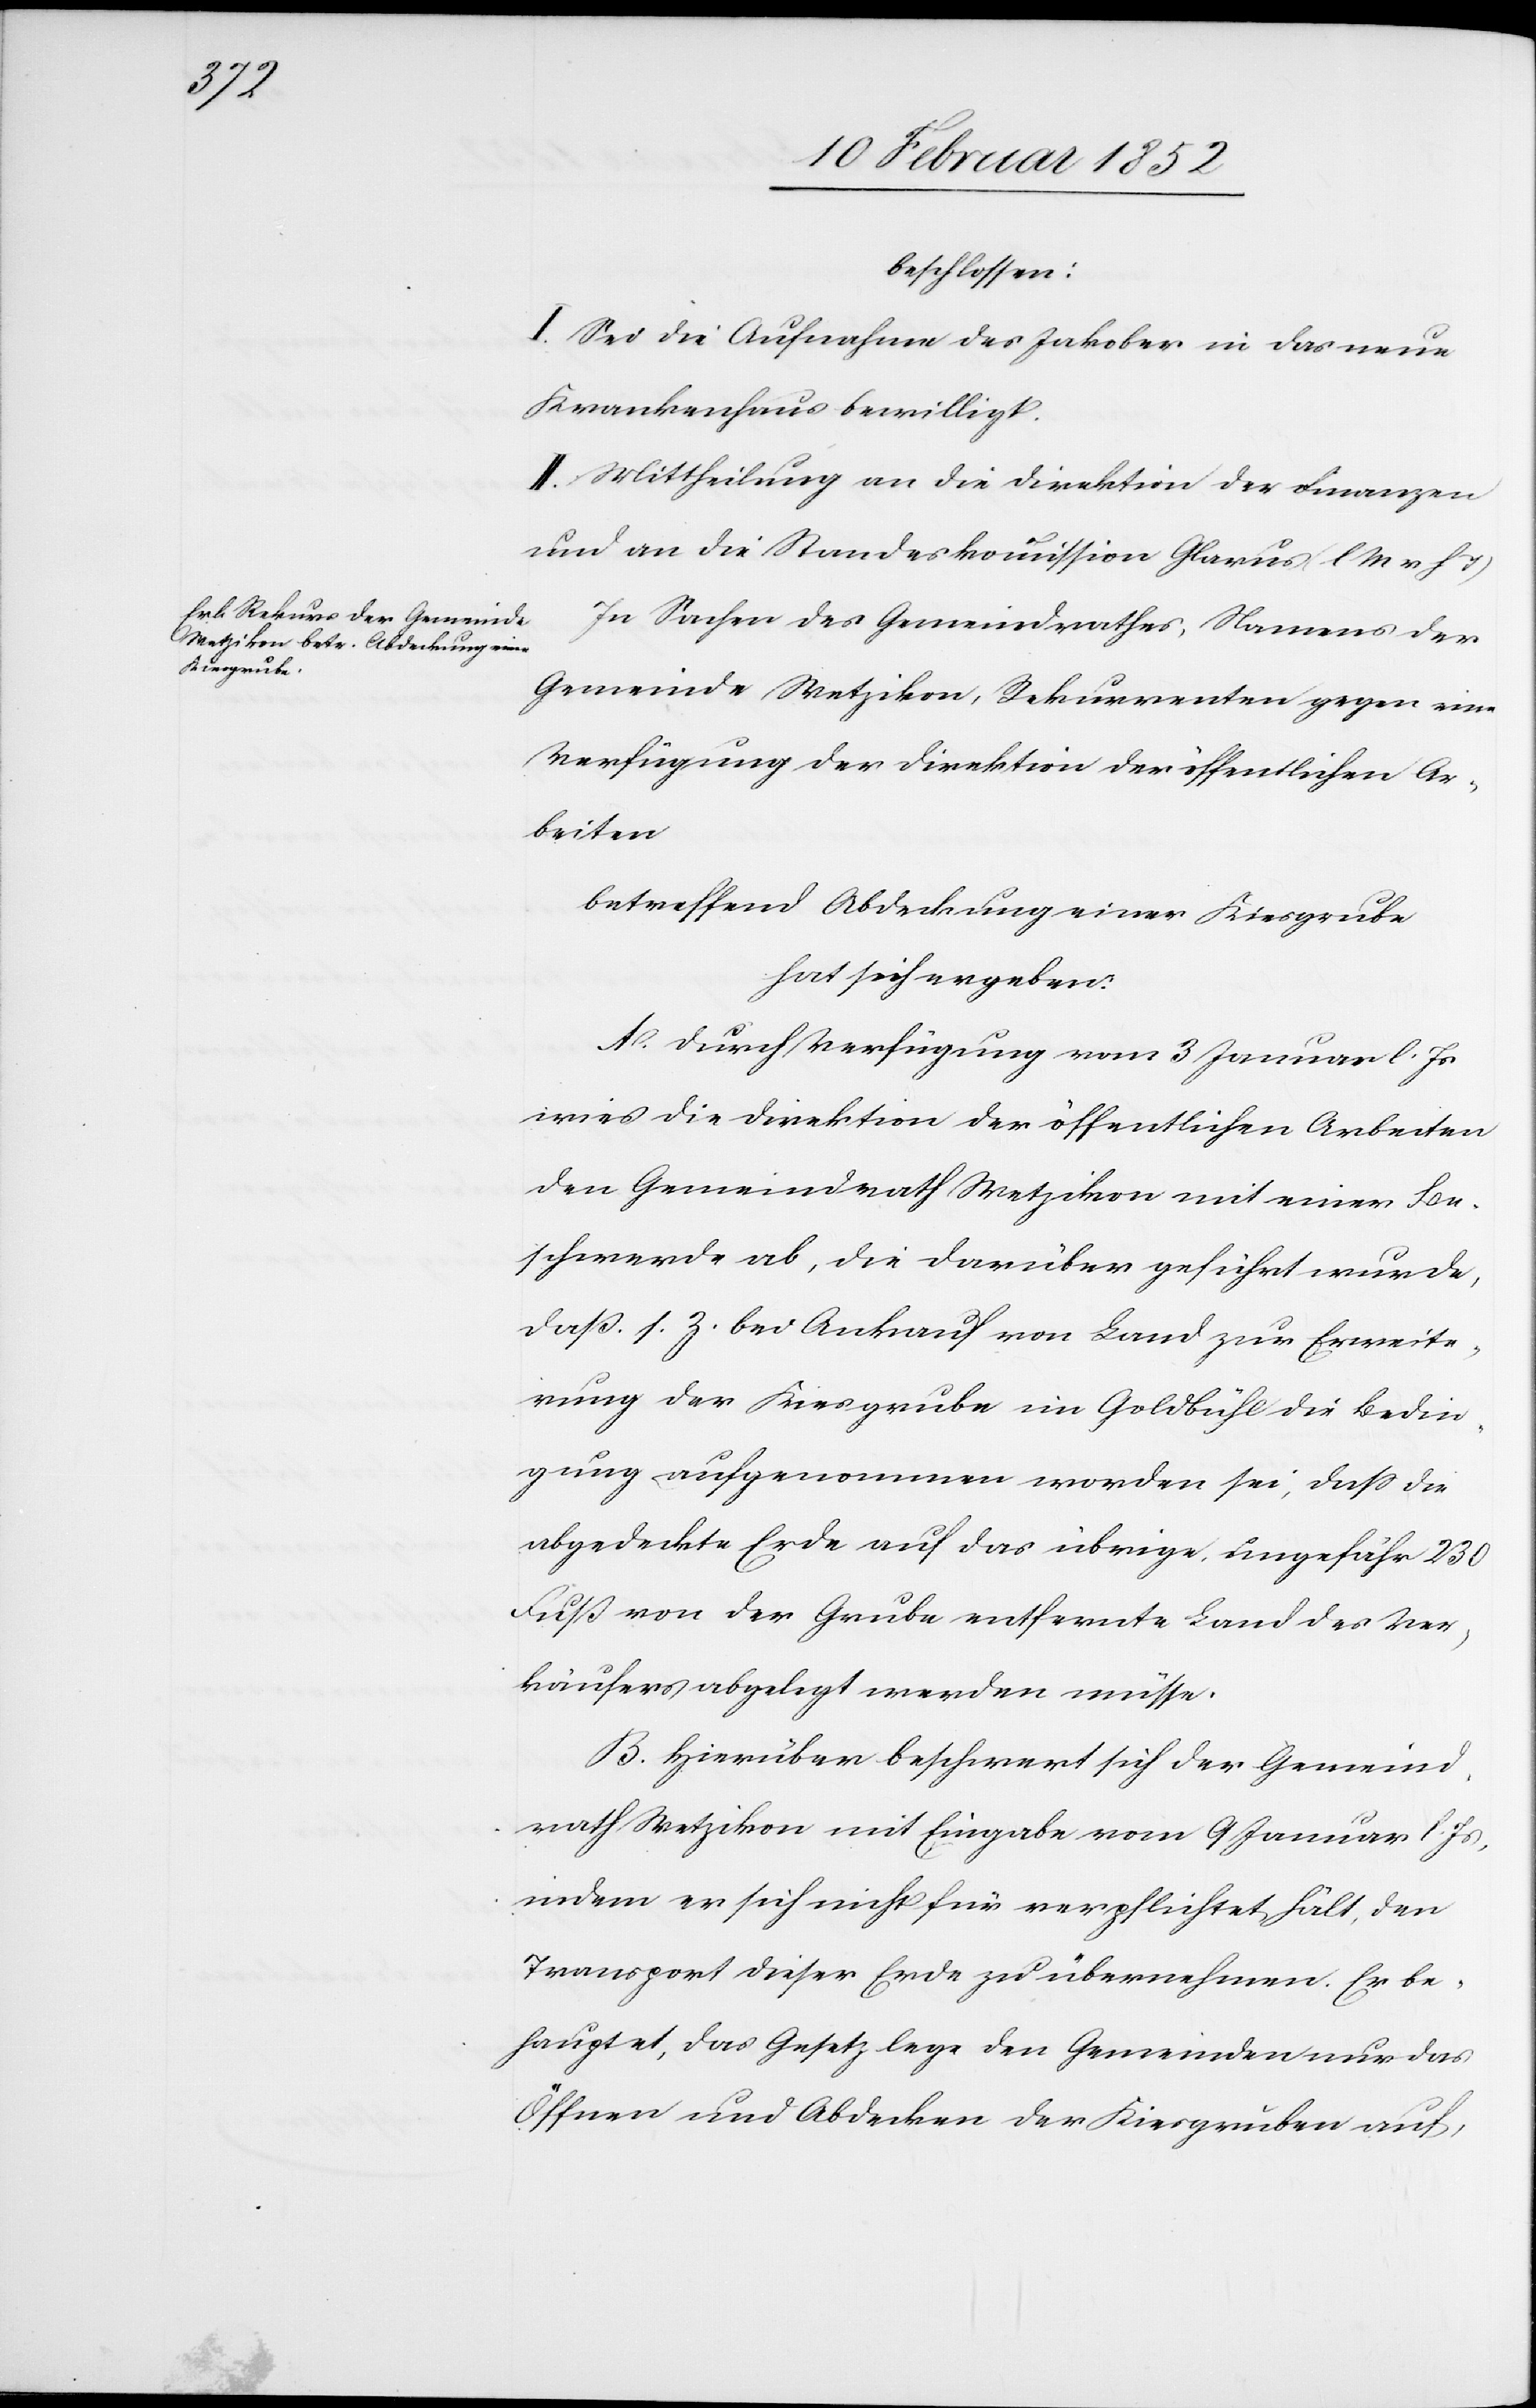
beschlossen:
I. Sei die Aufnahme des Jakober in das neue
Krankenhaus bewilligt.
II. Mittheilung an die Direktion der Finanzen
und an die Standeskommission Glarus (l. M. v. h. T.)
In Sachen des Gemeindrathes, Namens der
Gemeinde Wetzikon, Rekurrenten gegen eine
Verfügung der Direktion der öffentlichen Ar¬
beiten
betreffend Abdeckung einer Kiesgrube
hat sich ergeben.
A. Durch Verfügung vom 3 Januar l. Js
wies die Direktion der öffentlichen Arbeiten
den Gemeindrath Wetzikon mit einer Be¬
schwerde ab, die darüber geführt wurde,
daß s. Z. bei Ankauf von Land zur Erweite¬
rung der Kiesgrube im Goldbühl die Bedin¬
gung aufgenommen worden sei, daß die
abgedeckte Erde auf das übrige, ungefähr 230
Fuß von der Grube entfernte Land des Ver¬
käufers abgelegt werden müsse.
B. Hierüber beschwert sich der Gemeind¬
rath Wetzikon mit Eingabe vom 9 Januar l. Js,
indem er sich nicht für verpflichtet hält, den
Transport dieser Erde zu übernehmen. Er be¬
hauptet, das Gesetz lege den Gemeinden nur das
Öffnen und Abdecken der Kiesgrube auf,